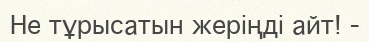
Не тұрысатын жеріңді айт! -